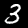
Digit: 3